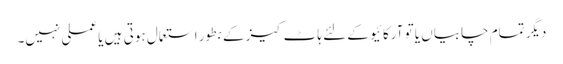
دیگر تمام چابیاں یا تو آرکائیو کے لئے ہاٹ کیز کے بطور استعمال ہوتی ہیں یا عملی نہیں۔